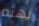
يهتم